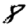
Digit: 8